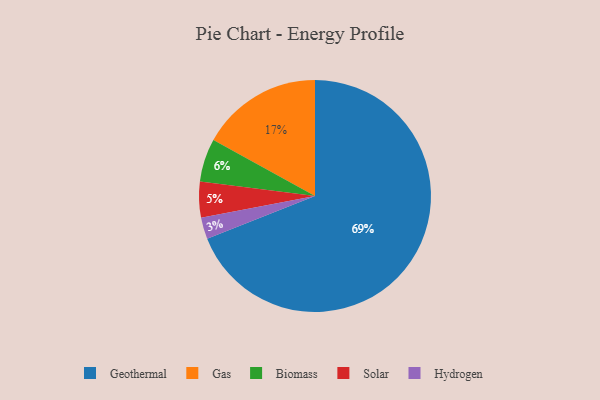
{"axis": {"x": "Category", "y": "Percentage"}, "legend": ["Biomass", "Gas", "Geothermal", "Hydrogen", "Solar"], "data": [{"x": "Solar", "y": 5, "type": "Solar"}, {"x": "Gas", "y": 17, "type": "Gas"}, {"x": "Hydrogen", "y": 3, "type": "Hydrogen"}, {"x": "Biomass", "y": 6, "type": "Biomass"}, {"x": "Geothermal", "y": 69, "type": "Geothermal"}]}